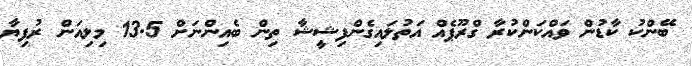
ބޭންކު ކާޑުން ވައްކަންކުރާ ގްރޫޕެއް އަތުލައިގެންފިޝީޝާ ތިން ބެއިންނަށް 13.5 މިލިއަން ރުފިޔާ